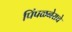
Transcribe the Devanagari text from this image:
पिंपळनेराचे